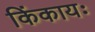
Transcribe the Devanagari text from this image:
किंकायः